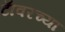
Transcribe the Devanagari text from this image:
टाॅवरच्या